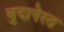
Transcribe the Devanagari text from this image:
बुदापेस्त